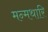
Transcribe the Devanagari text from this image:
मन्मथारि